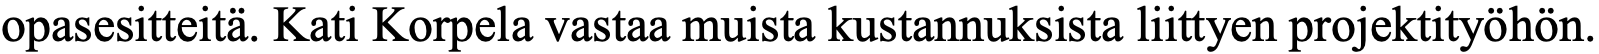
opasesitteitä. Kati Korpela vastaa muista kustannuksista liittyen projektityöhön.